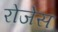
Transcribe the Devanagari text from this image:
रोजेस